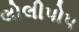
લોલીપોપ